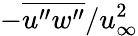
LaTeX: -\overline{{u^{\prime\prime}w^{\prime\prime}}}/u_{\infty}^{2}